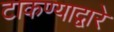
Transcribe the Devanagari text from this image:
टाकण्याद्वारे